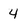
Character: 4